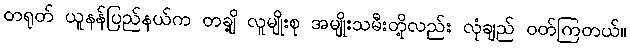
တရုတ် ယူနန်ပြည်နယ်က တချို့ လူမျိုးစု အမျိုးသမီးတို့လည်း လုံချည် ဝတ်ကြတယ်။